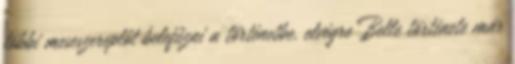
többi meseszereplőt belefűzni a történetbe. elvégre Belle története már